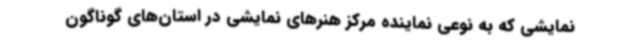
نمایشی که به نوعی نماینده مرکز هنرهای نمایشی در استان‌های گوناگون